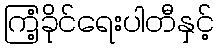
ကြံ့ခိုင်ရေးပါတီနှင့်